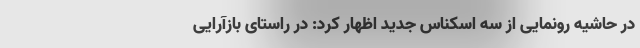
در حاشیه رونمایی از سه اسکناس جدید اظهار کرد: در راستای بازآرایی